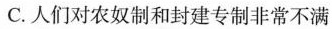
C.人们对农奴制和封建专制非常不满